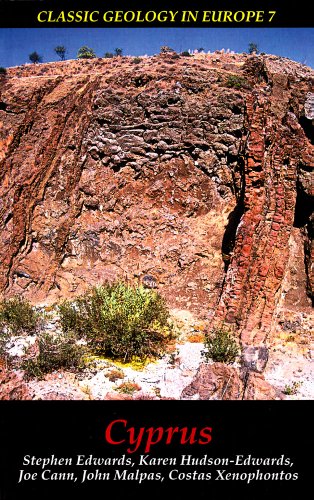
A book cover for Cyprus (Classic Geology in Europe); Stephen Edwards; Travel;